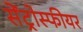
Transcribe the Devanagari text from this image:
सेंट्रोस्फीयर